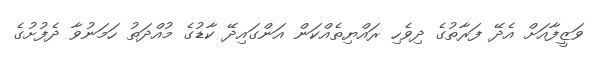
ވަޒީފާއަށް އެދޭ ފަރާތުގެ ދިވެހި ރައްޔިތެއްކަން އަންގައިދޭ ކާޑުގެ މުއްދަތު ހަމަނުވާ ދެފުށުގެ